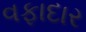
વફાદાર